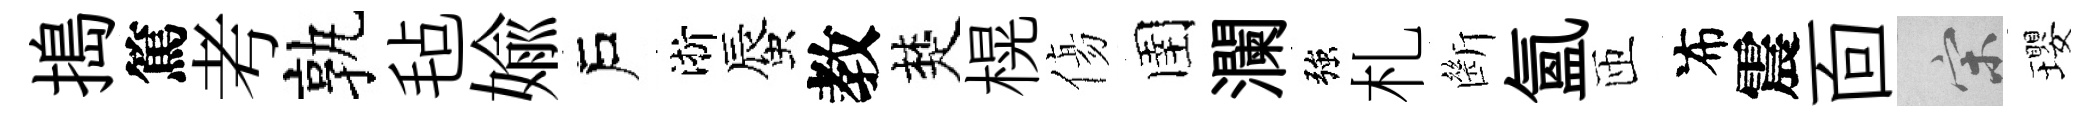
搗篤考孰毡媮戶淅蜃教楚榥傷圉瀾強札㫁氲匝布震靣宋瓔